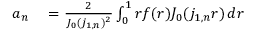
\begin{array} { r l } { a _ { n } } & { { } = \frac { 2 } { J _ { 0 } ( j _ { 1 , n } ) ^ { 2 } } \int _ { 0 } ^ { 1 } r f ( r ) J _ { 0 } ( j _ { 1 , n } r ) \, d r } \end{array}